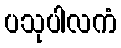
ပသုပါလကံ